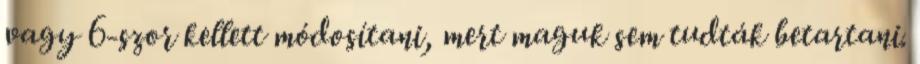
vagy 6-szor kellett módosítani, mert maguk sem tudták betartani.